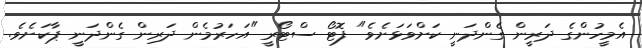
އެމީހުންގެ ދަރީން ގެންދަނީ ކަށްވަޅަށެވެ" ފޮޓޯ ސްޓޯރީ "އަހަރުމެން ދަރިން ގެންދަނީ ޕާކަށެވެ.